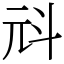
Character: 㪴